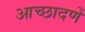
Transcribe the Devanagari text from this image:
आच्छादणें